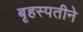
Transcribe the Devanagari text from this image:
बृहस्पतीने